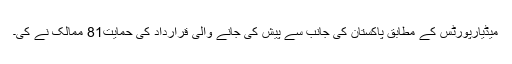
میڈیارپورٹس کے مطابق پاکستان کی جانب سے پیش کی جانے والی قرارداد کی حمایت81 ممالک نے کی۔